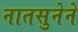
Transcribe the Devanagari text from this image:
नातसुनेने